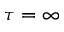
\tau = \infty